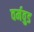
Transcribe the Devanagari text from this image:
वर्मवुड